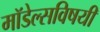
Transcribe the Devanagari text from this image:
मॉडेल्सविषयी